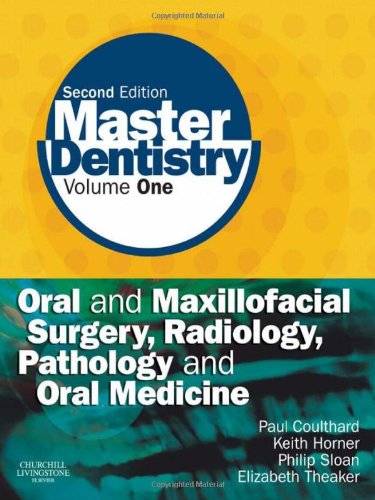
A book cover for Master Dentistry: Volume 1: Oral and Maxillofacial Surgery, Radiology, Pathology and Oral Medicine, 2e; Paul Coulthard BDS  MFGDP  MDS  FDSRCS  PhD; Medical Books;